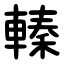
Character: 轃